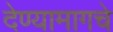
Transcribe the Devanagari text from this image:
देण्यामागचे